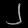
Digit: ၂